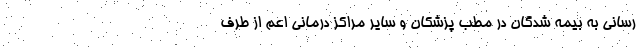
رسانی به بیمه شدگان در مطب پزشکان و سایر مراکز درمانی اعم از طرف